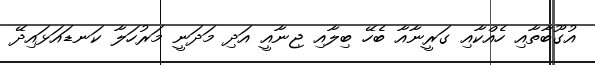
އުގޫބާތާއި ހެއްކާއި ގަރީނާއާ ބެހޭ ބިލާއި ޖިނާއީ އަދި މަދަނީ މަރުހަލާ ކަނޑައަޅައިދޭ